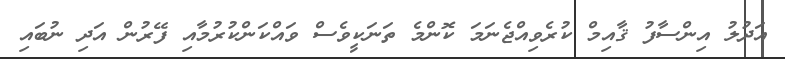
އަދުލު އިންސާފު ޤާއިމް ކުރެވިއްޖެނަމަ ކޮންމެ ތަނަކީވެސް ވައްކަންކުރުމާއި ފޭރުން އަދި ނުބައި